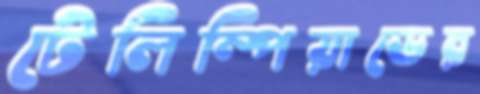
টেলিম্পিয়াডের